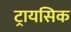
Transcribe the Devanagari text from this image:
ट्रायसिक